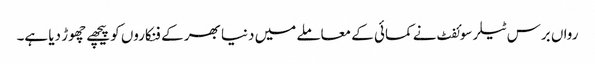
رواں برس ٹیلر سوئفٹ نے کمائی کے معاملے میں دنیا بھر کے فنکاروں کو پیچھے چھوڑ دیا ہے۔